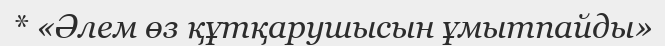
* «Әлем өз құтқарушысын ұмытпайды»